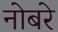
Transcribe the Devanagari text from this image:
नोबरे